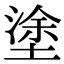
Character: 塗